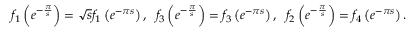
f _ { 1 } \left( e ^ { - \frac { \pi } { s } } \right) = \sqrt { s } f _ { 1 } \left( e ^ { - \pi s } \right) , \; \; f _ { 3 } \left( e ^ { - \frac { \pi } { s } } \right) = f _ { 3 } \left( e ^ { - \pi s } \right) , \; \; f _ { 2 } \left( e ^ { - \frac { \pi } { s } } \right) = f _ { 4 } \left( e ^ { - \pi s } \right) .